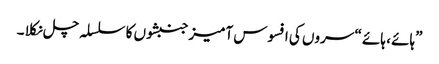
”ہائے ، ہائے “ سروں کی افسوس آمیز جنبشوں کا سلسلہ چل نکلا ۔